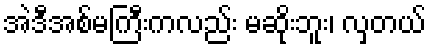
အဲဒီအစ်မကြီးကလည်း မဆိုးဘူး၊ လှတယ်